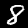
Digit: 8